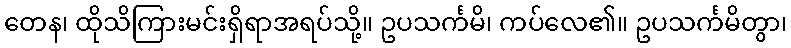
တေန၊ ထိုသိကြားမင်းရှိရာအရပ်သို့။ ဥပသင်္ကမိ၊ ကပ်လေ၏။ ဥပသင်္ကမိတွာ၊